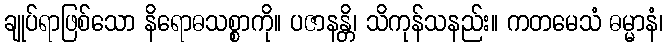
ချုပ်ရာဖြစ်သော နိရောဓသစ္စာကို။ ပဇာနန္တိ၊ သိကုန်သနည်း။ ကတမေသံ ဓမ္မာနံ၊